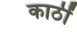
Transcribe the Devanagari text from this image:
काठीं